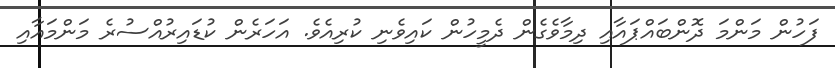
ފަހުން މަންމަ ދޮންބައްޕައާއި ދިމާވެގެން ދެމީހުން ކައިވެނި ކުރިއެވެ. އަހަރެން ކުޑައިރުއްސުރެ މަންމައާއި